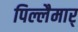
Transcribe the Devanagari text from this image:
पिल्लैमार्